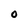
Character: 0